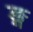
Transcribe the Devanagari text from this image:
ङ्ग